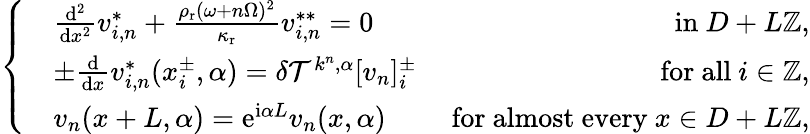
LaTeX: \left\{ \begin{array}{rlr}&{\frac{\mathrm{d}^{2}}{\mathrm{d}x^{2}}v_{i,n}^{*}+\frac{\rho_{\mathrm{r}}(\omega+n\Omega)^{2}}{\kappa_{\mathrm{r}}}v_{i,n}^{**}=0}&{\mathrm{~in~}D+L\mathbb{Z},}\\ &{\pm\frac{\mathrm{d}}{\mathrm{d}x}v_{i,n}^{*}(x_{i}^{\pm},\alpha)=\delta\mathcal{T}^{k^{n},\alpha}[v_{n}]_{i}^{\pm}}&{\mathrm{~for~all~}i\in\mathbb{Z},}\\ &{v_{n}(x+L,\alpha)=\mathrm{e}^{\mathrm{i}\alpha L}v_{n}(x,\alpha)}&{\mathrm{~for~almost~every~}x\in D+L\mathbb{Z},}\end{array}\right.